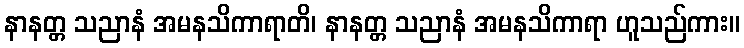
နာနတ္တ သညာနံ အမနသိကာရာတိ၊ နာနတ္တ သညာနံ အမနသိကာရာ ဟူသည်ကား။